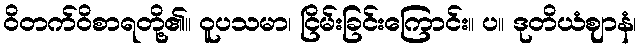
ဝိတက်ဝိစာရတို့၏။ ဝူပသမာ၊ ငြိမ်းခြင်းကြောင်း။ ပ။ ဒုတိယံဈာနံ၊